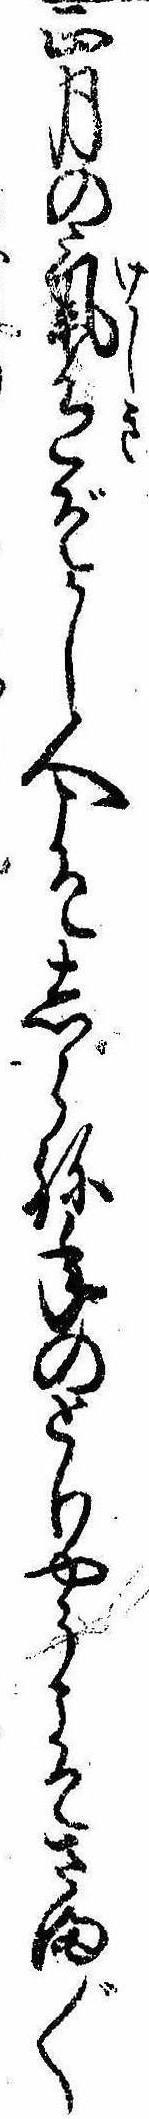
正月の気色ぞかし人こそしらね年のとりやうこそさま〲